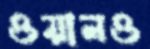
ওয়ানও